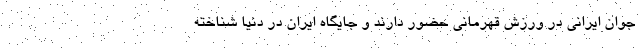
جوان ایرانی در ورزش قهرمانی حضور دارند و جایگاه ایران در دنیا شناخته